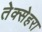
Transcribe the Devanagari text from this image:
तेक्सेहरा